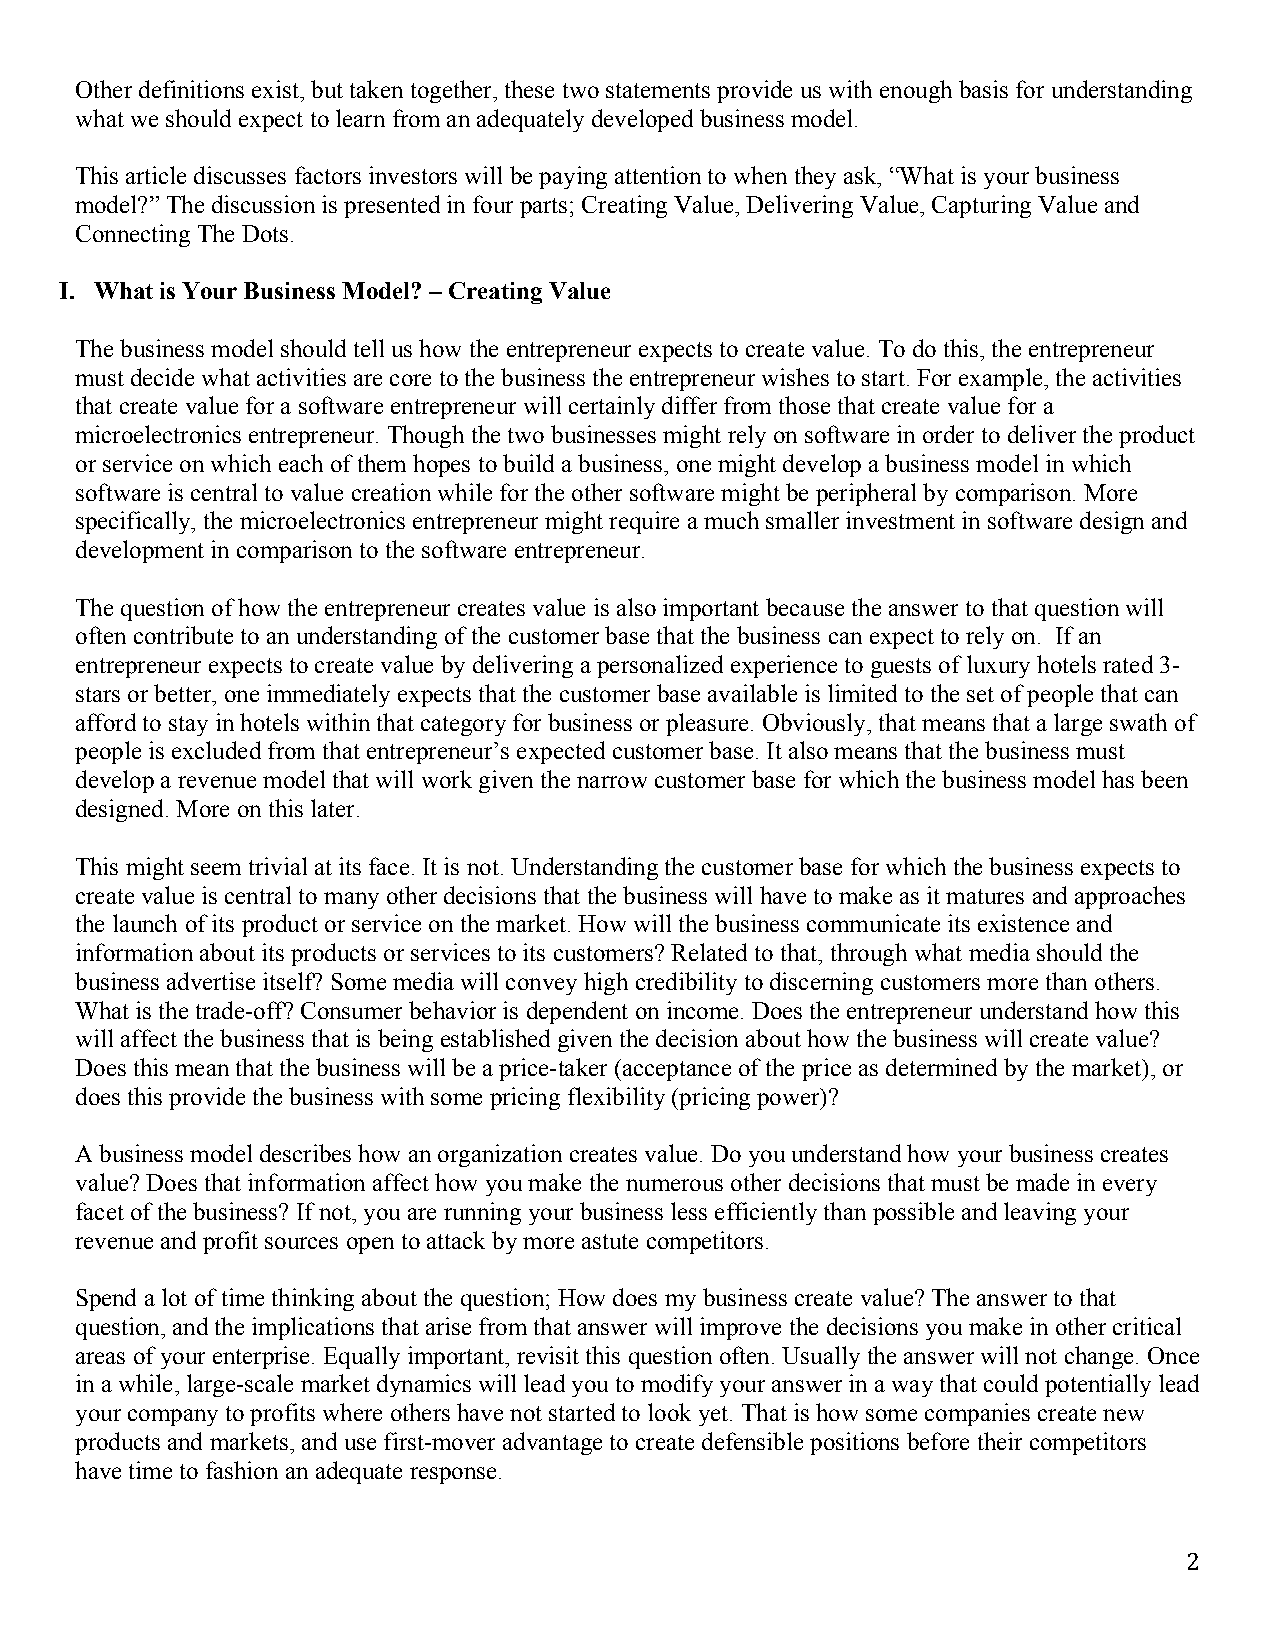
Other definitions exist, but taken together, these two statements provide us with enough basis for understanding
 what we should expect to learn from an adequately developed business model.
 This article discusses factors investors will be paying attention to when they ask, “What is your business
 model?” The discussion is presented in four parts; Creating Value, Delivering Value, Capturing Value and
 Connecting The Dots.
 I. What is Your Business Model? – Creating Value
 The business model should tell us how the entrepreneur expects to create value. To do this, the entrepreneur
 must decide what activities are core to the business the entrepreneur wishes to start. For example, the activities
 that create value for a software entrepreneur will certainly differ from those that create value for a
 microelectronics entrepreneur. Though the two businesses might rely on software in order to deliver the product
 or service on which each of them hopes to build a business, one might develop a business model in which
 software is central to value creation while for the other software might be peripheral by comparison. More
 specifically, the microelectronics entrepreneur might require a much smaller investment in software design and
 development in comparison to the software entrepreneur.
 The question of how the entrepreneur creates value is also important because the answer to that question will
 often contribute to an understanding of the customer base that the business can expect to rely on. If an
 entrepreneur expects to create value by delivering a personalized experience to guests of luxury hotels rated 3-
 stars or better, one immediately expects that the customer base available is limited to the set of people that can
 afford to stay in hotels within that category for business or pleasure. Obviously, that means that a large swath of
 people is excluded from that entrepreneur’s expected customer base. It also means that the business must
 develop a revenue model that will work given the narrow customer base for which the business model has been
 designed. More on this later.
 This might seem trivial at its face. It is not. Understanding the customer base for which the business expects to
 create value is central to many other decisions that the business will have to make as it matures and approaches
 the launch of its product or service on the market. How will the business communicate its existence and
 information about its products or services to its customers? Related to that, through what media should the
 business advertise itself? Some media will convey high credibility to discerning customers more than others.
 What is the trade-off? Consumer behavior is dependent on income. Does the entrepreneur understand how this
 will affect the business that is being established given the decision about how the business will create value?
 Does this mean that the business will be a price-taker (acceptance of the price as determined by the market), or
 does this provide the business with some pricing flexibility (pricing power)?
 A business model describes how an organization creates value. Do you understand how your business creates
 value? Does that information affect how you make the numerous other decisions that must be made in every
 facet of the business? If not, you are running your business less efficiently than possible and leaving your
 revenue and profit sources open to attack by more astute competitors.
 Spend a lot of time thinking about the question; How does my business create value? The answer to that
 question, and the implications that arise from that answer will improve the decisions you make in other critical
 areas of your enterprise. Equally important, revisit this question often. Usually the answer will not change. Once
 in a while, large-scale market dynamics will lead you to modify your answer in a way that could potentially lead
 your company to profits where others have not started to look yet. That is how some companies create new
 products and markets, and use first-mover advantage to create defensible positions before their competitors
 have time to fashion an adequate response.
 2